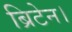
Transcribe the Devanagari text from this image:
ब्रिटेन।